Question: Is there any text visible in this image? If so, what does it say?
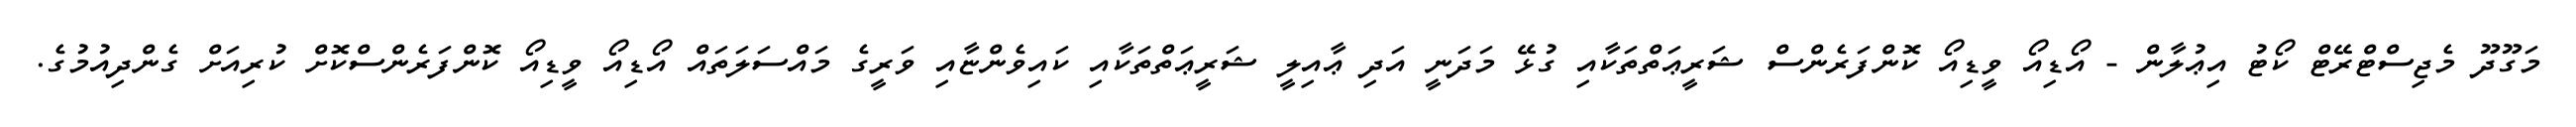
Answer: މަގޫދޫ މެޖިސްޓްރޭޓް ކޯޓު އިޢުލާން - އޯޑިއޯ ވީޑިއޯ ކޮންފަރެންސް ޝަރީޢަތްތަކާއި ގުޅޭ މަދަނީ އަދި ޢާއިލީ ޝަރީޢަތްތަކާއި ކައިވެންޏާއި ވަރީގެ މައްސަލަތައް އޯޑިއޯ ވީޑިއޯ ކޮންފަރެންސްކޮށް ކުރިއަށް ގެންދިއުމުގެ.